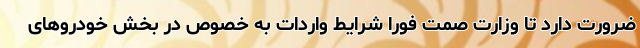
ضرورت دارد تا وزارت صمت فورا شرایط واردات به خصوص در بخش خودروهای